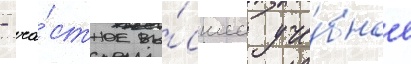
- ча́стное вы́сшее уче́бное